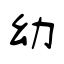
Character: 幼